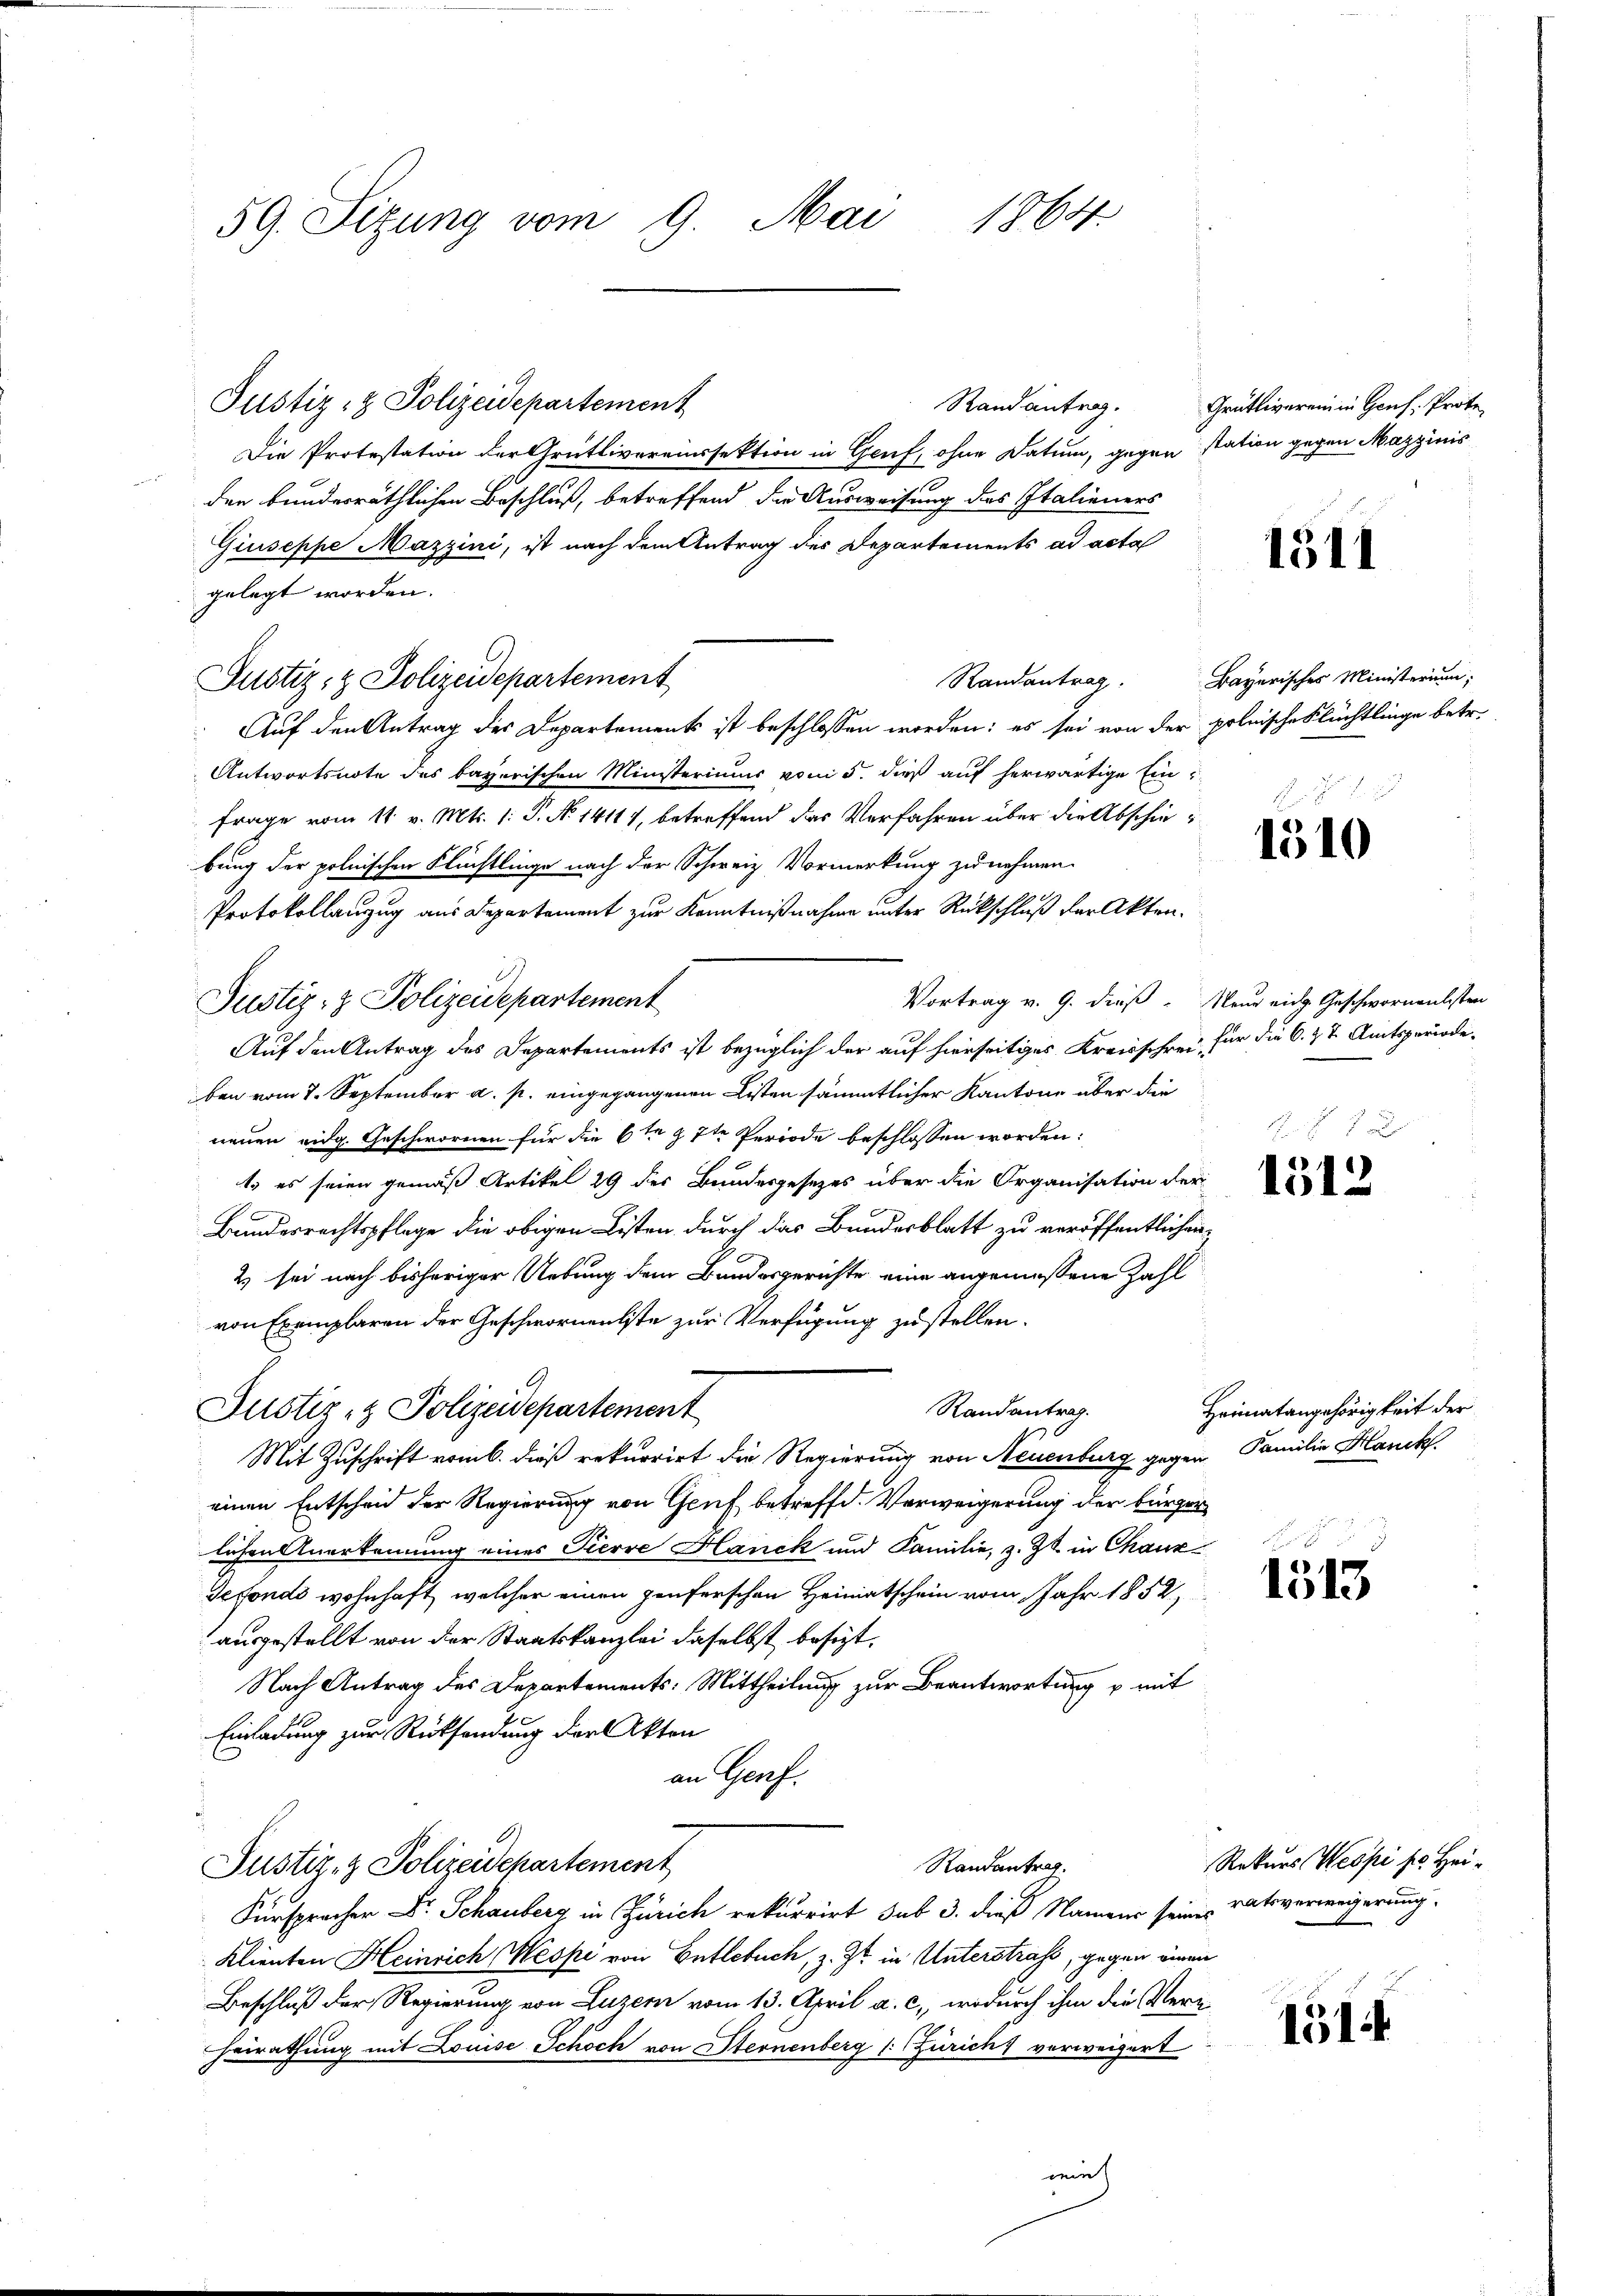
59. Sizung vom 9. Mai 1864.

Justiz- & Polizeidepartement

Justiz- & Polizeidepartement
Die Protestation der Grütlivereinssektion in Gruf, ohne Datum, gegen station gegen Mazzinis
den bunderräthlichen Beschluß, betreffend die Ausweisung des Italieners
Giuseppe Mazzini, ist nach dem Antrag des Departements ad acta
gelegt worden.
Auf den Antrag des Departements ist beschlossen worden: es sei von der polnische Flüchtlinge betr.
Antwortsnote des bayerischen Ministeriums vom 5. dieß auf herwärtige Einfrage vom 11. v. Mts. 1: P. N. 14114, betreffend das Verfahren über die Abschiebung der polnischen Flüchtlinge nach der Schweiz Vormerkung zu nehmen.
Protokollanzug aus Departement zur Kenntnißnahme unter Rückschluß der Akten.
Justiz- & Polizeidepartement
Auf den Antrag des Departements ist bezüglich der auf hierseitiges Kreisschrei für die O. Zt. Amtsperiode.
ben vom 7. September a. p. eingegangenen Listen sämmtlicher Kantone über die
neuen eidg. Geschwornen für die 6te 7te Periode beschlossen worden:
1. es seien gemäß Artikel 29 des Bundesgesezes über die Organisation der
Bundesrechtspflege die obigen Listen durch das Bundesblatt zu veröffentlichen
2) sei nach bisheriger Uebung dem Bundesgerichte eine angemessene Zahl
von Exemplaren der Geschwornentste zur Verfügung zustellen.
Randantrag.
Justiz- & Polizeidepartement
Mit Zuschrift vom 6. dieß rekurrirt die Regierung von Neuenburg gegen Familie Hanck
einen Entscheid der Regierung von Genf betreffd. Verweigerung der bürger
lichen Anerkennung eines Pierre Hanck und Familie, z. Zt. in Chaux
Sefonds wohnhaft, welcher einen genferschen Heimatschein vom Jahr 1852,
ausgestellt von der Staatskanzlei daselbst besizt,
Nach Antrag des Departements: Mittheilung zur Beantwortung u. mit
Einladung zur Rücksendung der Akten
an Genf.
Randantrag.
Justiz- & Polizeidepartement
Fürsprocher Dr. Schauberg in Zürich rekurrirt sub 3. dieß Namens seines ratsverweigerung.
Klienten Heinrich Wespi von Entlebuch, z. Zt. in Unterstraf, gegen einen
Beschluß der Regierung von Luzern vom 13. April a. c., wodurch ihm die Ver¬
Heirathung mit Louise Schoch von Sternenberg (: Züricht verweigert
wie

Rand antrag. Grütliverein in Genf, Prote

1511

Randantrag. Bayerisches Ministerium,

1510

Vortrag v. 9. dieß. Neue eidg. Geschwornentsten

1512

Heimatangehörigkeit der

.
1513

Rekurs Wespi s. Hei¬

1514